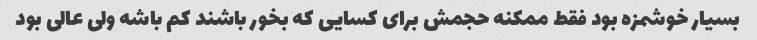
بسیار خوشمزه بود فقط ممکنه حجمش برای کسایی که بخور باشند کم باشه ولی عالی بود